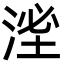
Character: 㳴